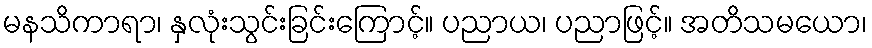
မနသိကာရာ၊ နှလုံးသွင်းခြင်းကြောင့်။ ပညာယ၊ ပညာဖြင့်။ အတိသမယော၊